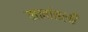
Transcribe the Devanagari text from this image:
मनांतली